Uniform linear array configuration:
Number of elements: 12
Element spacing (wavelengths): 0.25
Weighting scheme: blackman
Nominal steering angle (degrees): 30
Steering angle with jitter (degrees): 31.258
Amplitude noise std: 0.05
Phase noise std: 0.05

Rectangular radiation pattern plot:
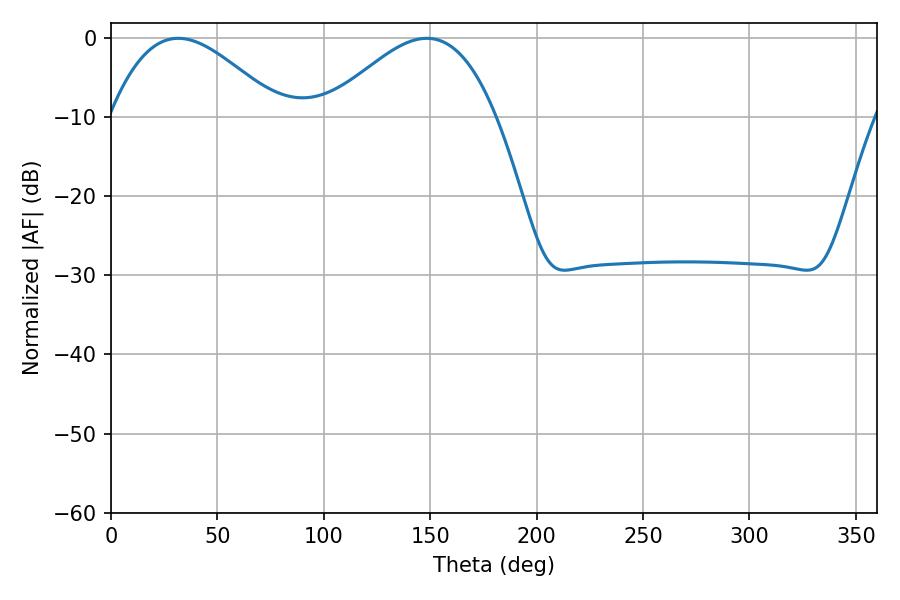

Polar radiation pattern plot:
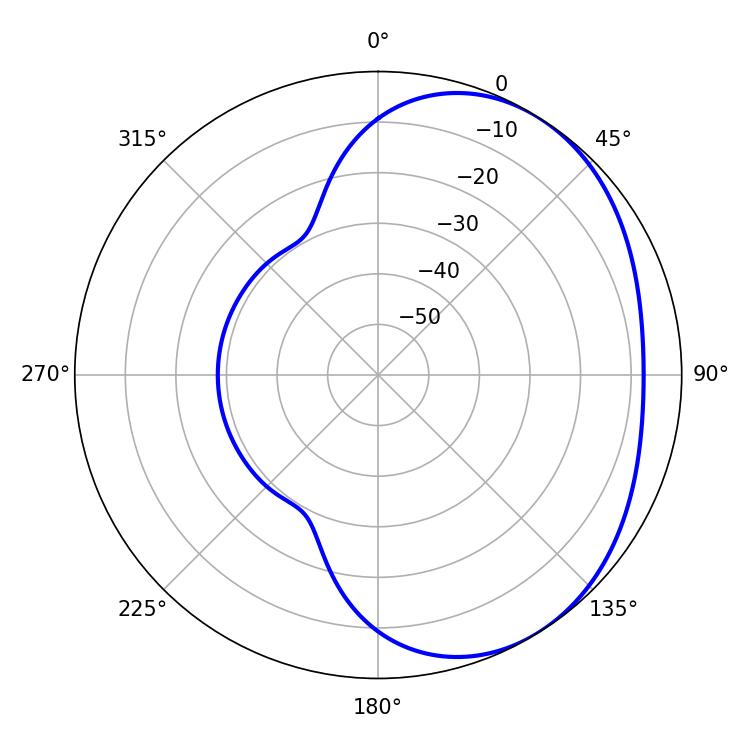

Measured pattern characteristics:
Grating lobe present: FALSE
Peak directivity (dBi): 3.12
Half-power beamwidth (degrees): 43.02
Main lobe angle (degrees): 31.68